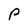
Character: p